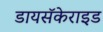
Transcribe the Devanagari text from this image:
डायसॅकेराइड